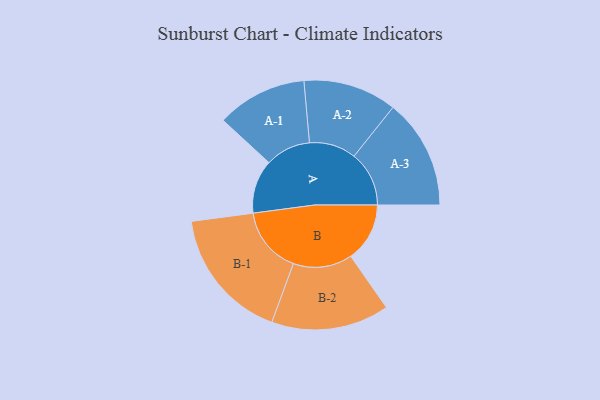
{"axis": {"x": "Segment", "y": "Value"}, "legend": ["", "A", "B"], "data": [{"x": "A", "y": 203, "type": ""}, {"x": "B", "y": 223, "type": ""}, {"x": "A-1", "y": 171, "type": "A"}, {"x": "A-2", "y": 177, "type": "A"}, {"x": "A-3", "y": 208, "type": "A"}, {"x": "B-1", "y": 252, "type": "B"}, {"x": "B-2", "y": 223, "type": "B"}]}